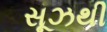
સૂઝથી